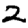
Digit: 2